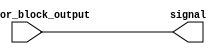
module continuous_assignment (
  input wire behavior_block_output,
  output reg signal
);

always @* begin
  signal = behavior_block_output;
end

endmodule